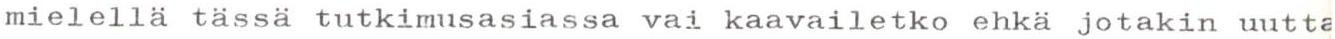
mielellä tässä tutkimusasiassa vai kaavailetko ehkä jotakin uutta